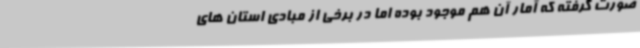
صورت گرفته که آمار آن هم موجود بوده اما در برخی از مبادی استان های